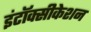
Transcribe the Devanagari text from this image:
इंटॉक्सीकेशन